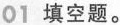
01填空题。